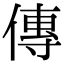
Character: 傳